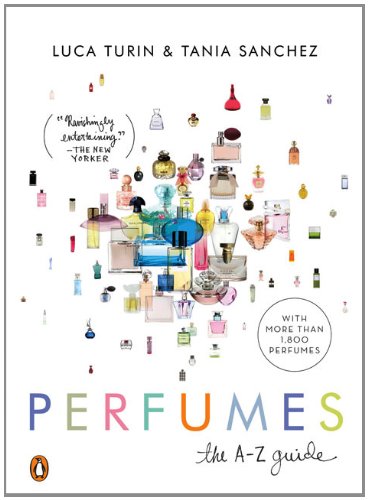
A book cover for Perfumes: The A-Z Guide; Luca Turin; Health, Fitness & Dieting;